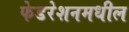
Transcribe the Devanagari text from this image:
फेडरेशनमधील